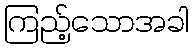
ကြည့်သောအခါ